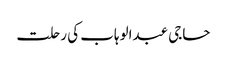
حاجی عبدالوہاب کی رحلت